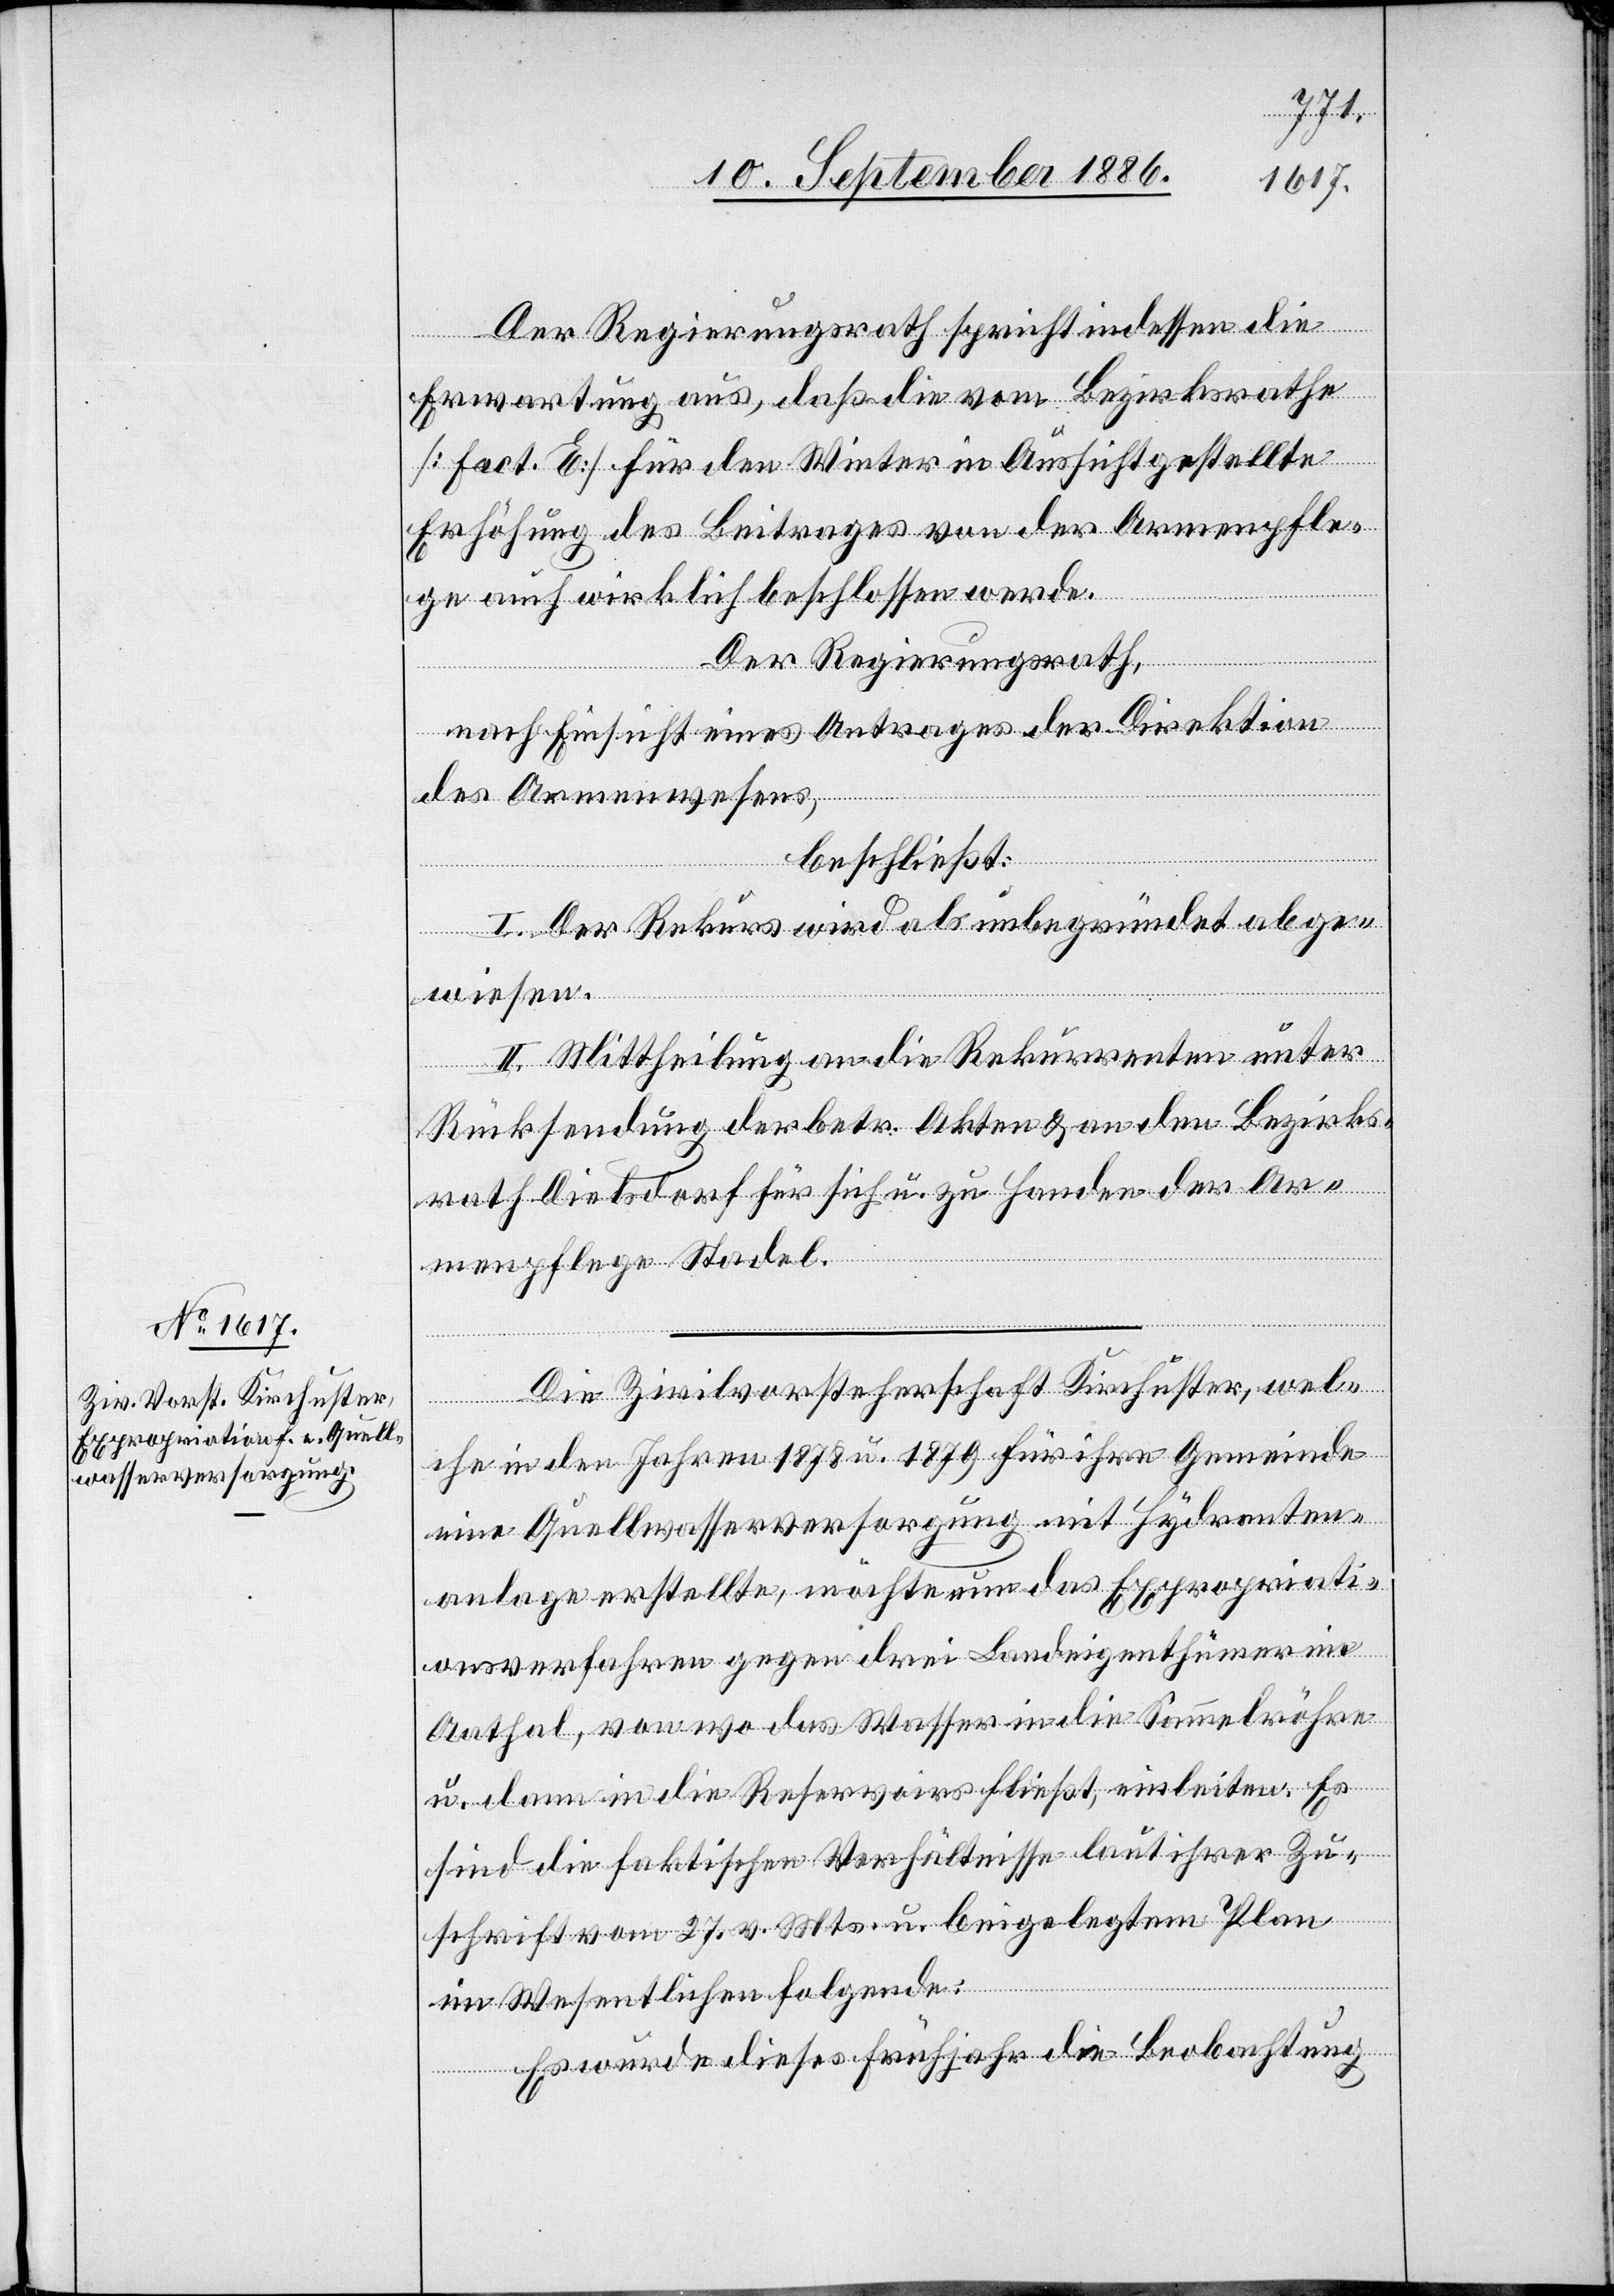
Der Regierungsrath spricht indessen die
Erwartung aus, daß die vom Bezirksrathe
[Fact. E.] für den Winter in Aussicht gestellte
Erhöhung des Beitrages von der Armenpfle¬
ge auch wirklich beschlossen werde.
Der Regierungsrath,
nach Einsicht eines Antrages der Direktion
des Armenwesens,
beschließt:
I. Der Rekurs wird als unbegründet abge¬
wiesen.
II. Mittheilung an die Rekurrenten unter
Rücksendung der betr. Akten & an den Bezirks¬
rath Dielsdorf für sich u. zu Handen der Ar¬
menpflege Stadel.